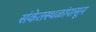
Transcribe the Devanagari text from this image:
संकेतस्थळांपासून